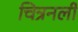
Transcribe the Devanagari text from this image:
चित्रनली